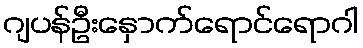
ဂျပန်ဦးနှောက်ရောင်ရောဂါ